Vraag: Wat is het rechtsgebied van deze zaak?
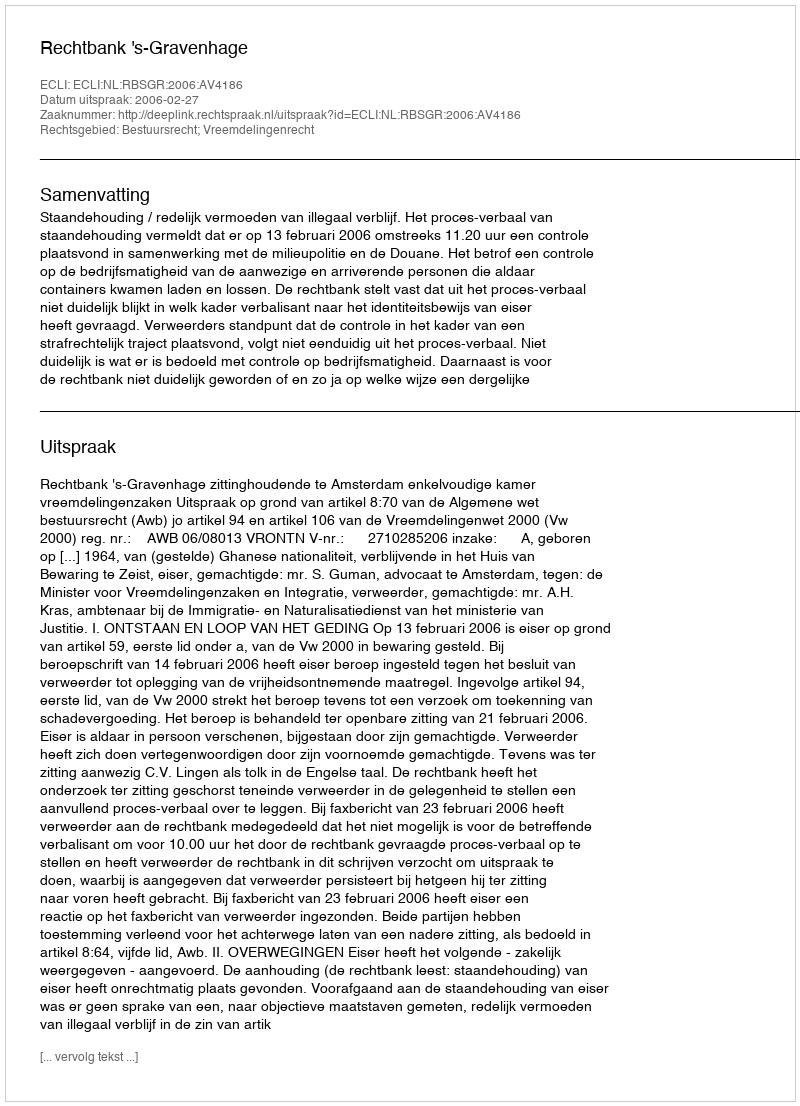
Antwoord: Bestuursrecht; Vreemdelingenrecht